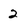
Character: 2